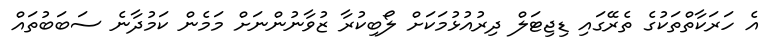
އެ ހަރަކާތްތަކުގެ ތެރޭގައި ޑިޖިޓަލް ދިރުއުޅުމަކަށް ލޯބިކުރާ ޒުވާނުންނަށް މަމެން ކަމުދާނެ ސަބަބުތައް